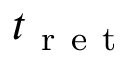
t _ { \mathrm { ~ r ~ e ~ t ~ } }